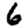
Digit: 6